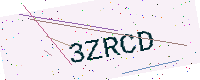
Text: 3ZRCD